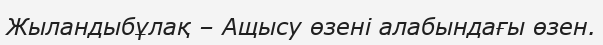
Жыландыбұлақ – Ащысу өзені алабындағы өзен.